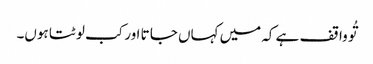
تُو وا قف ہے کہ میں کہاں جا تا اور کب لو ٹتا ہوں۔